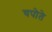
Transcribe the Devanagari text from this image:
चपोते